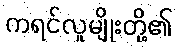
ကရင်လူမျိုးတို့၏